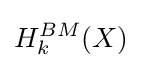
H_{k}^{BM}(X)